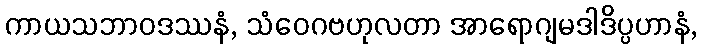
ကာယသဘာဝဒဿနံ, သံဝေဂဗဟုလတာ အာရောဂျမဒါဒိပ္ပဟာနံ,